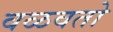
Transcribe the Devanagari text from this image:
वळवतो